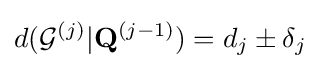
d({\mathcal {G}}^{(j)}\vert \mathbf {Q} ^{(j-1)})=d_{j}\pm \delta _{j}